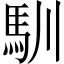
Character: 馴